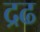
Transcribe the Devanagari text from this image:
द्रढ